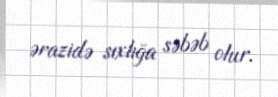
ərazidə sıxlığa səbəb olur.